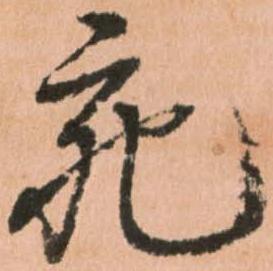
宛